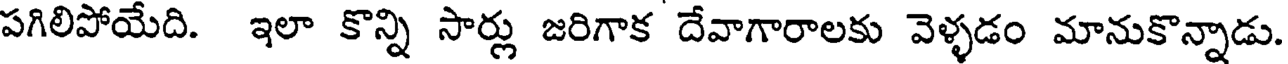
పగిలిపోయేది. ఇలా కొన్ని సార్లు జరిగాక దేవాగారాలకు వెళ్ళడం మానుకొన్నాడు.